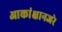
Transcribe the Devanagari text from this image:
आकांक्षानजरे